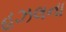
હઝલના